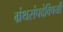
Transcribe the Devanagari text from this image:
ग्रंथसंपदेविषयी